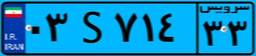
۰۳S۷۱۴۳۳